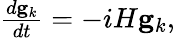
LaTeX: \begin{array}{r}{\frac{d\mathbf{g}_{k}}{dt}=-iH\mathbf{g}_{k},}\end{array}